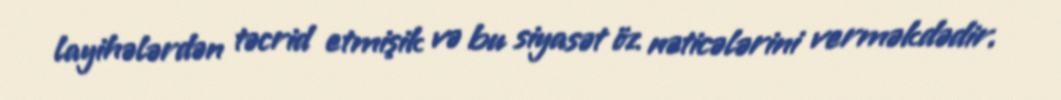
layihələrdən təcrid etmişik və bu siyasət öz nəticələrini verməkdədir.